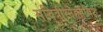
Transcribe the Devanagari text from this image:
सवित्रीस्नेहसंश्लिष्टः